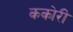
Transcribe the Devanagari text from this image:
ककोरी